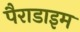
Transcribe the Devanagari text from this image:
पैराडाइम